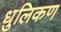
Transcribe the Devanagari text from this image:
धुलिकण